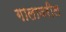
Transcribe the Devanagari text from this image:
गालावरील